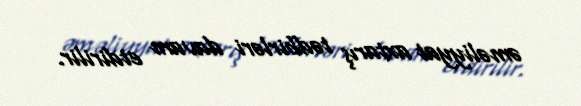
əməliyyat axtarış tədbirləri davam etdirilir.